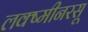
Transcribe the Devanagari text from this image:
लक्ष्मीनरसू